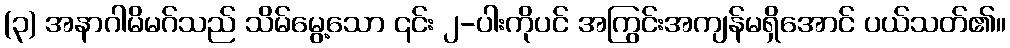
(၃) အနာဂါမိမဂ်သည် သိမ်မွေ့သော ၎င်း ၂-ပါးကိုပင် အကြွင်းအကျန်မရှိအောင် ပယ်သတ်၏။